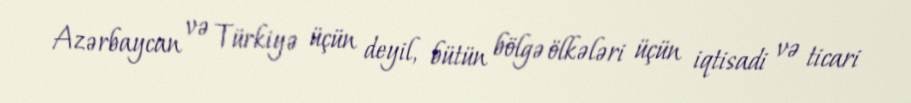
Azərbaycan və Türkiyə üçün deyil, bütün bölgə ölkələri üçün iqtisadi və ticari